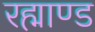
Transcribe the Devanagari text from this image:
रह्माण्ड